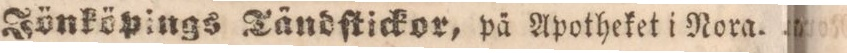
Jönköpings Tändſtickor, pä Apotheket i Nora.